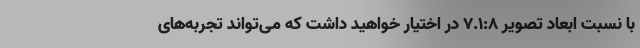
با نسبت ابعاد تصویر 7.1:8 در اختیار خواهید داشت که می‌تواند تجربه‌های